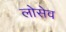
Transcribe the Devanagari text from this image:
लोसेव